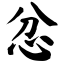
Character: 忿